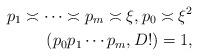
LaTeX: \begin{align*}p_1 \asymp \dotsb \asymp p_{m} \asymp \xi, p_0 \asymp \xi^2 \\(p_0 p_1 \dotsb p_m,D!) = 1,\end{align*}